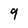
Character: 9